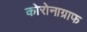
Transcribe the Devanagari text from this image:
कोरोनाग्राफ